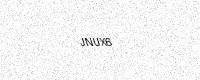
Text: JNUX6